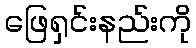
ဖြေရှင်းနည်းကို